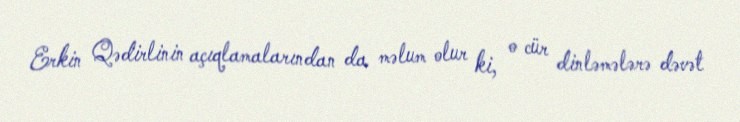
Erkin Qədirlinin açıqlamalarından da məlum olur ki, o cür dinləmələrə dəvət